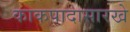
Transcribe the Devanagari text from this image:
काकपादासारखे